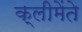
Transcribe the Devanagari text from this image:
क्लीमेंते